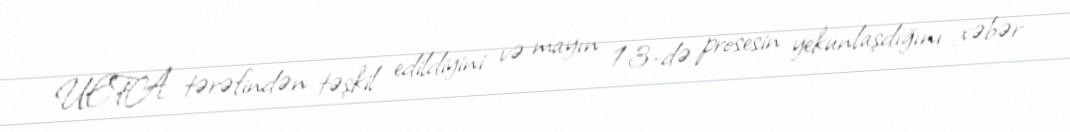
UEFA tərəfindən təşkil edildiyini və mayın 13-də prosesin yekunlaşdığını xəbər